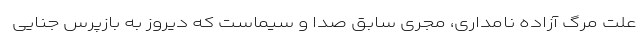
علت مرگ آزاده نامداری، مجری سابق صدا و سیماست که دیروز به بازپرس جنایی